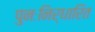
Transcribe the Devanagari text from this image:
पुनःनिर्धारित